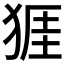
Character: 𪺾